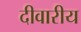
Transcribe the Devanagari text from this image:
दीवारीय